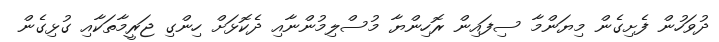
ދުވަހުން ފެށިގެން މިޔަންމާ ސިފައިން ރޮހިންޔާ މުސްލިމުންނާއި ދެކޮޅަށް ހިންގި ޖަރީމާތަކާއި ގުޅިގެން